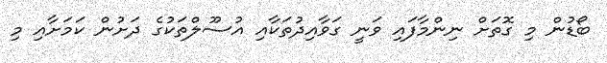
ބޯޑުން މި ގޮތަށް ނިންމާފައި ވަނީ ގަވާއިދުތަކާއި އުސޫލްތަކުގެ ދަށުން ކަމަށާއި މި